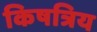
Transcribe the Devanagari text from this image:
किषत्रिय